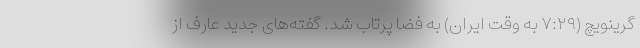
گرینویچ (۷:۲۹ به وقت ایران) به فضا پرتاب شد. گفته‌های جدید عارف از